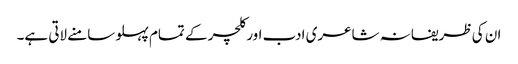
ان کی ظریفانہ شاعری ادب اور کلچر کے تمام پہلو سامنے لاتی ہے۔